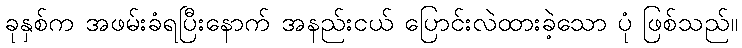
ခုနှစ်က အဖမ်းခံရပြီးနောက် အနည်းငယ် ပြောင်းလဲထားခဲ့သော ပုံ ဖြစ်သည်။